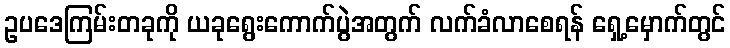
ဥပဒေကြမ်းတခုကို ယခုရွေးကောက်ပွဲအတွက် လက်ခံလာစေရန် ရှေ့မှောက်တွင်